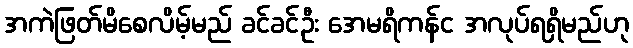
အကဲဖြတ်မိစေလိမ့်မည် ခင်ခင်ဦး အေမရိကန်င အလုပ်ရရှိမည်ဟု